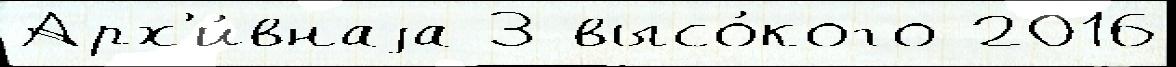
Арх'и́внаjа 3 высо́кого 2016